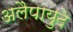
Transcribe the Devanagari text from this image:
अलैपायुदे